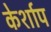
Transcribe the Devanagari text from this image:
केर्शाप